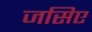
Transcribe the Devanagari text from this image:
जसिए